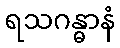
ရသဂန္ဓာနံ